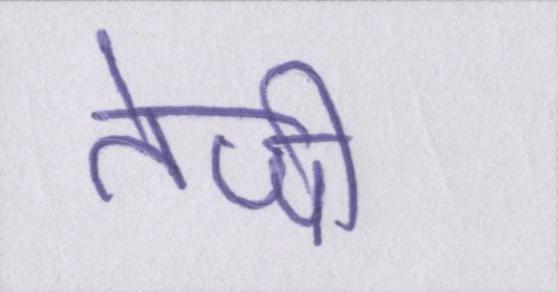
तेजी